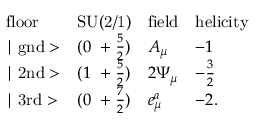
\begin{array} { l c l l } { { \mathrm { f l o o r } } } & { { \mathrm { S U ( 2 / 1 ) } } } & { { \mathrm { f i e l d } } } & { { \mathrm { h e l i c i t y } } } \\ { { \mid \mathrm { g n d } > } } & { { ( 0 ~ + \frac { 5 } { 2 } ) } } & { { A _ { \mu } } } & { { - 1 } } \\ { { \mid \mathrm { 2 n d } > } } & { { ( 1 ~ + \frac { 5 } { 2 } ) } } & { { 2 \Psi _ { \mu } } } & { { - \frac { 3 } { 2 } } } \\ { { \mid \mathrm { 3 r d } > } } & { { ( 0 ~ + \frac { 7 } { 2 } ) } } & { { e _ { \mu } ^ { a } } } & { { - 2 . } } \end{array}